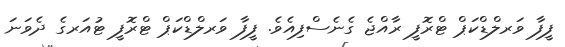
ފީފާ ވަރލްޑްކަޕް ޓްރޮފީ ރާއްޖެ ގެނެސްފިއެވެ. ފީފާ ވަރލްޑްކަޕް ޓްރޮފީ ޓުއަރގެ ދެވަނަ